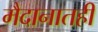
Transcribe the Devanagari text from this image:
मैदानातही